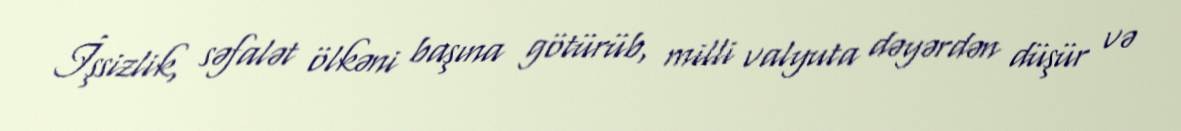
İşsizlik, səfalət ölkəni başına götürüb, milli valyuta dəyərdən düşür və